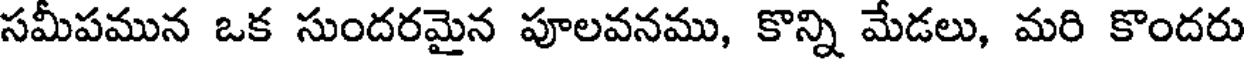
సమీపమున ఒక సుందరమైన పూలవనము, కొన్ని మేడలు, మరి కొందరు